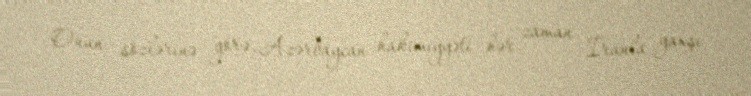
Onun sözlərinə görə, Azərbaycan hakimiyyəti hər zaman İranla yaxşı